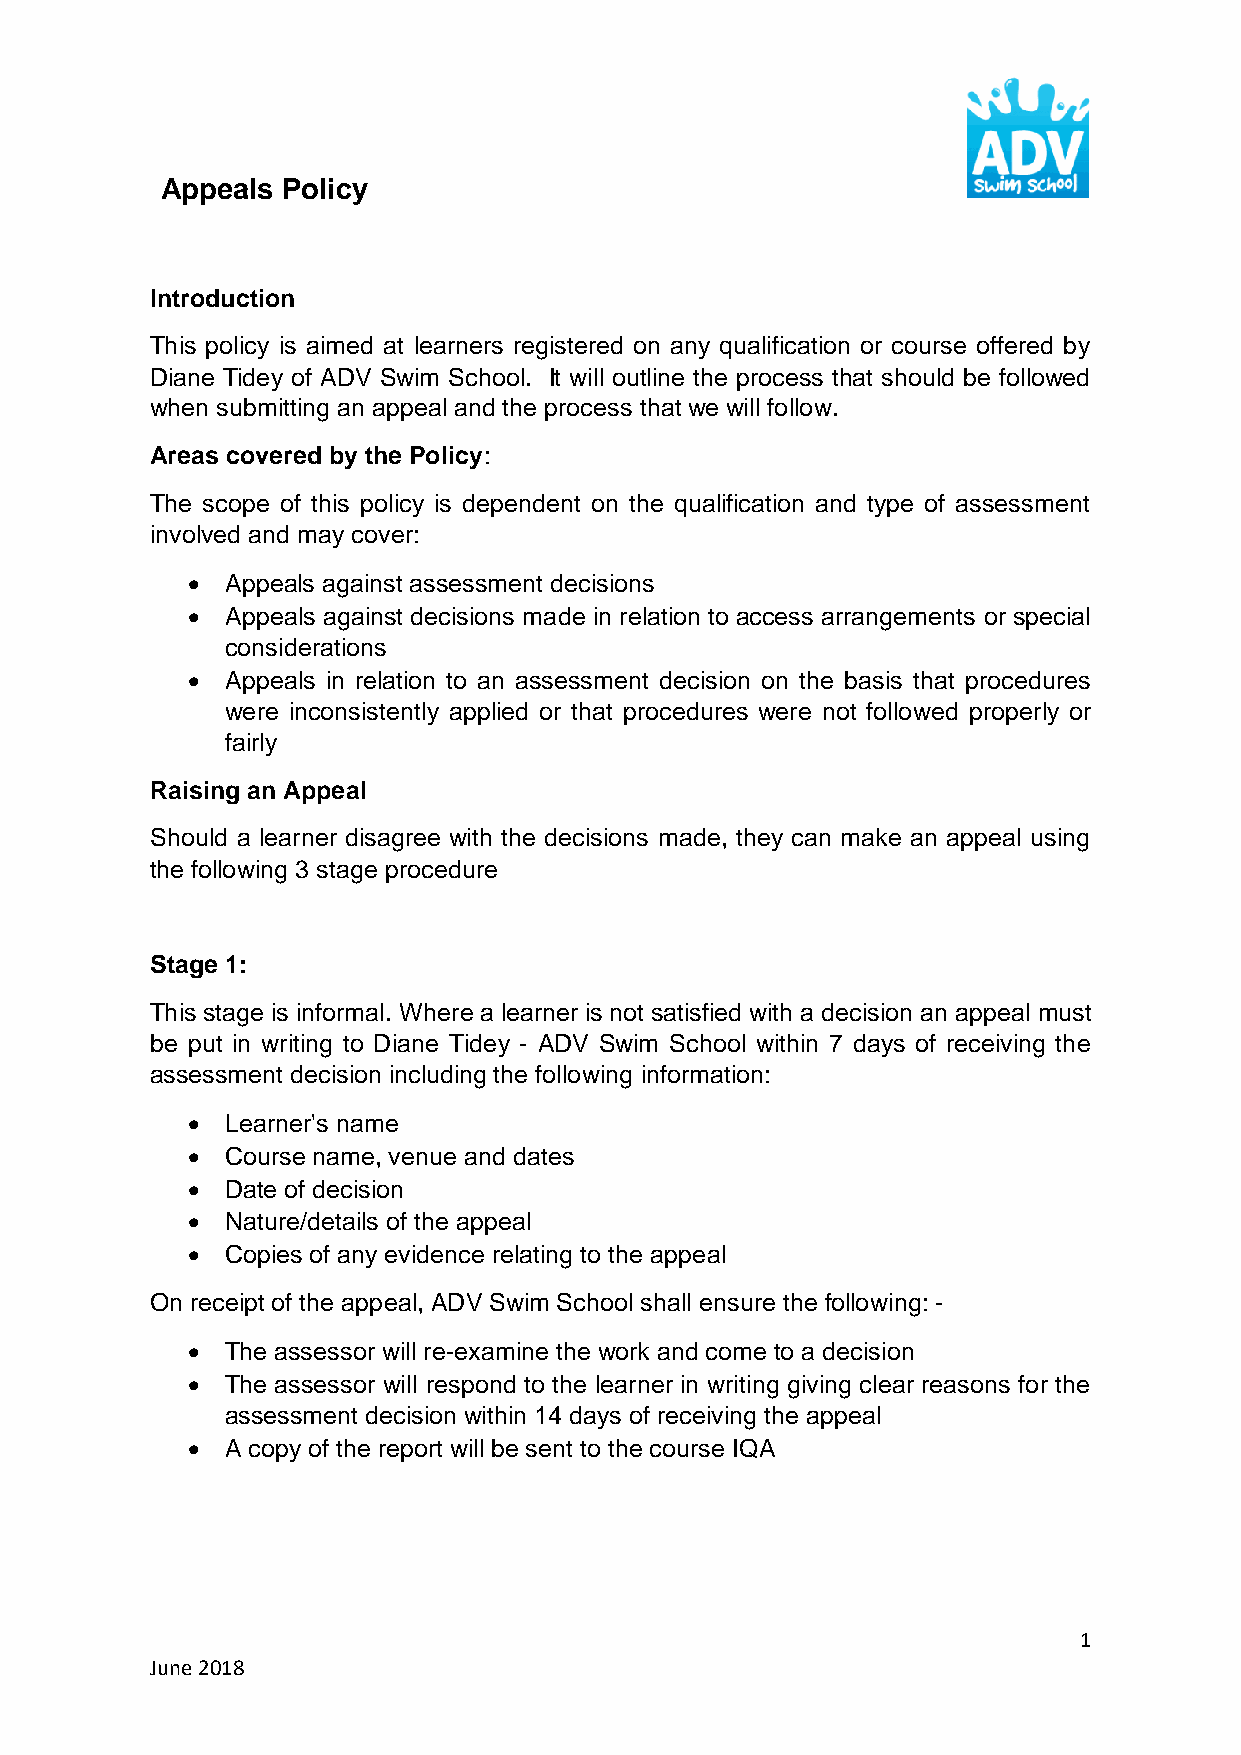
Appeals Policy
 Introduction
 This policy is aimed at learners registered on any qualification or course offered by
 Diane Tidey of ADV Swim School. It will outline the process that should be followed
 when submitting an appeal and the process that we will follow.
 Areas covered by the Policy:
 The scope of this policy is dependent on the qualification and type of assessment
 involved and may cover:
 •  Appeals against assessment decisions
 •  Appeals against decisions made in relation to access arrangements or special
 considerations
 •  Appeals in relation to an assessment decision on the basis that procedures
 were inconsistently applied or that procedures were not followed properly or
 fairly
 Raising an Appeal
 Should a learner disagree with the decisions made, they can make an appeal using
 the following 3 stage procedure
 Stage 1:
 This stage is informal. Where a learner is not satisfied with a decision an appeal must
 be put in writing to Diane Tidey - ADV Swim School within 7 days of receiving the
 assessment decision including the following information:
 •  Learner's name
 •  Course name, venue and dates
 •  Date of decision
 •  Nature/details of the appeal
 •  Copies of any evidence relating to the appeal
 On receipt of the appeal, ADV Swim School shall ensure the following: -
 •  The assessor will re-examine the work and come to a decision
 •  The assessor will respond to the learner in writing giving clear reasons for the
 assessment decision within 14 days of receiving the appeal
 •  A copy of the report will be sent to the course IQA
 1
 June 2018